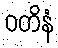
ဝတိနံ